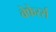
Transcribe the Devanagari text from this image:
वेफेरर्स